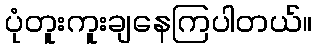
ပုံတူးကူးချနေကြပါတယ်။